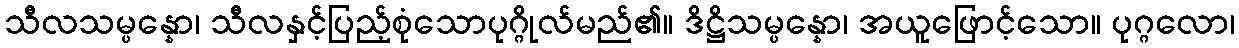
သီလသမ္ပန္နော၊ သီလနှင့်ပြည့်စုံသောပုဂ္ဂိုလ်မည်၏။ ဒိဋ္ဌိသမ္ပန္နော၊ အယူဖြောင့်သော။ ပုဂ္ဂလော၊